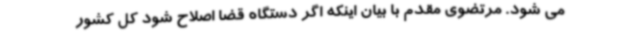
می شود. مرتضوی مقدم با بیان اینکه اگر دستگاه قضا اصلاح شود کل کشور